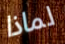
لماذا